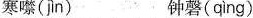
寒噤( jìn ) 钟磬( qìng )